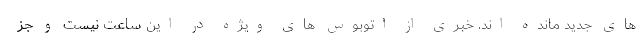
های جدید مانده اند. خبری از اتوبوس های ویژه در این ساعت نیست و جز